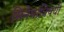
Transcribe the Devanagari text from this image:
सिनेमांविषयी